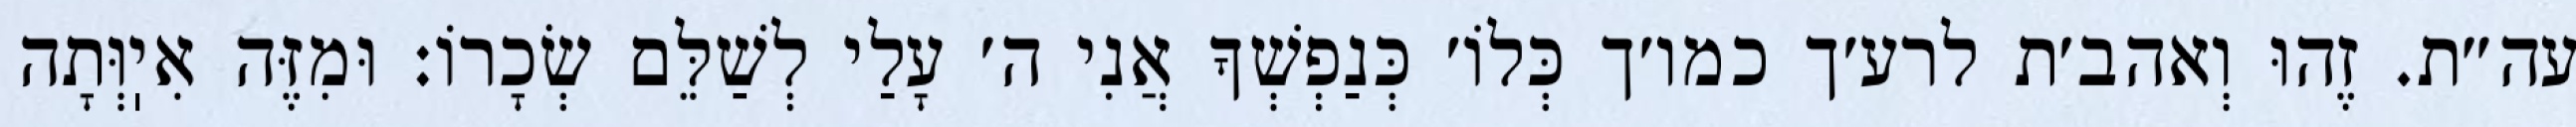
עה״ת. זֶהוּ וְאהב׳ת לרע׳ך כמו׳ך כְּלוֹ׳ כְּנַפְשְׁךָ אֲנִי ה׳ עָלַי לְשַׁלֵּם שְׂכָרוֹ: וּמִזֶּה אִיֽוְּתָה